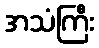
အသံကြီး